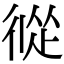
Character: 𢔩